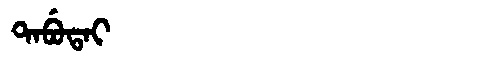
Manchu: ᡨᠠᠪᡠᡨᠠᡳ
Romanization: TABUTAI